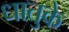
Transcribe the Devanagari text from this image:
धातुके